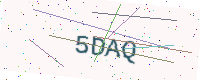
Text: 5DAQ